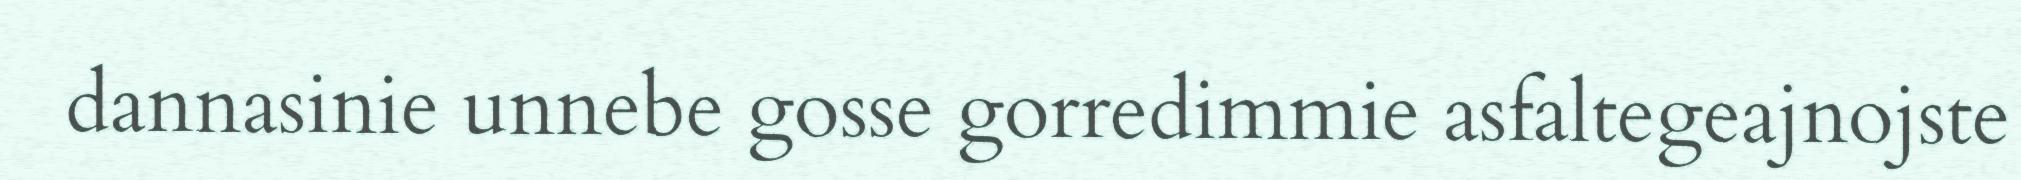
dannasinie unnebe gosse gorredimmie asfaltegeajnojste